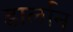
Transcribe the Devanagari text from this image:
डार्लान